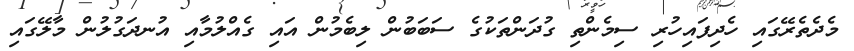
މެދެތެރޭގައި ހެދިފައިހުރި ސިމެންތި ގުދަންތަކުގެ ސަބަބުން ލިބެމުން އައި ގެއްލުމާއި އުނދަގުލުން މާލޭގައި